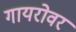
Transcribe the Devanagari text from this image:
गायरोवर